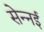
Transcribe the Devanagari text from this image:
सेन्नई